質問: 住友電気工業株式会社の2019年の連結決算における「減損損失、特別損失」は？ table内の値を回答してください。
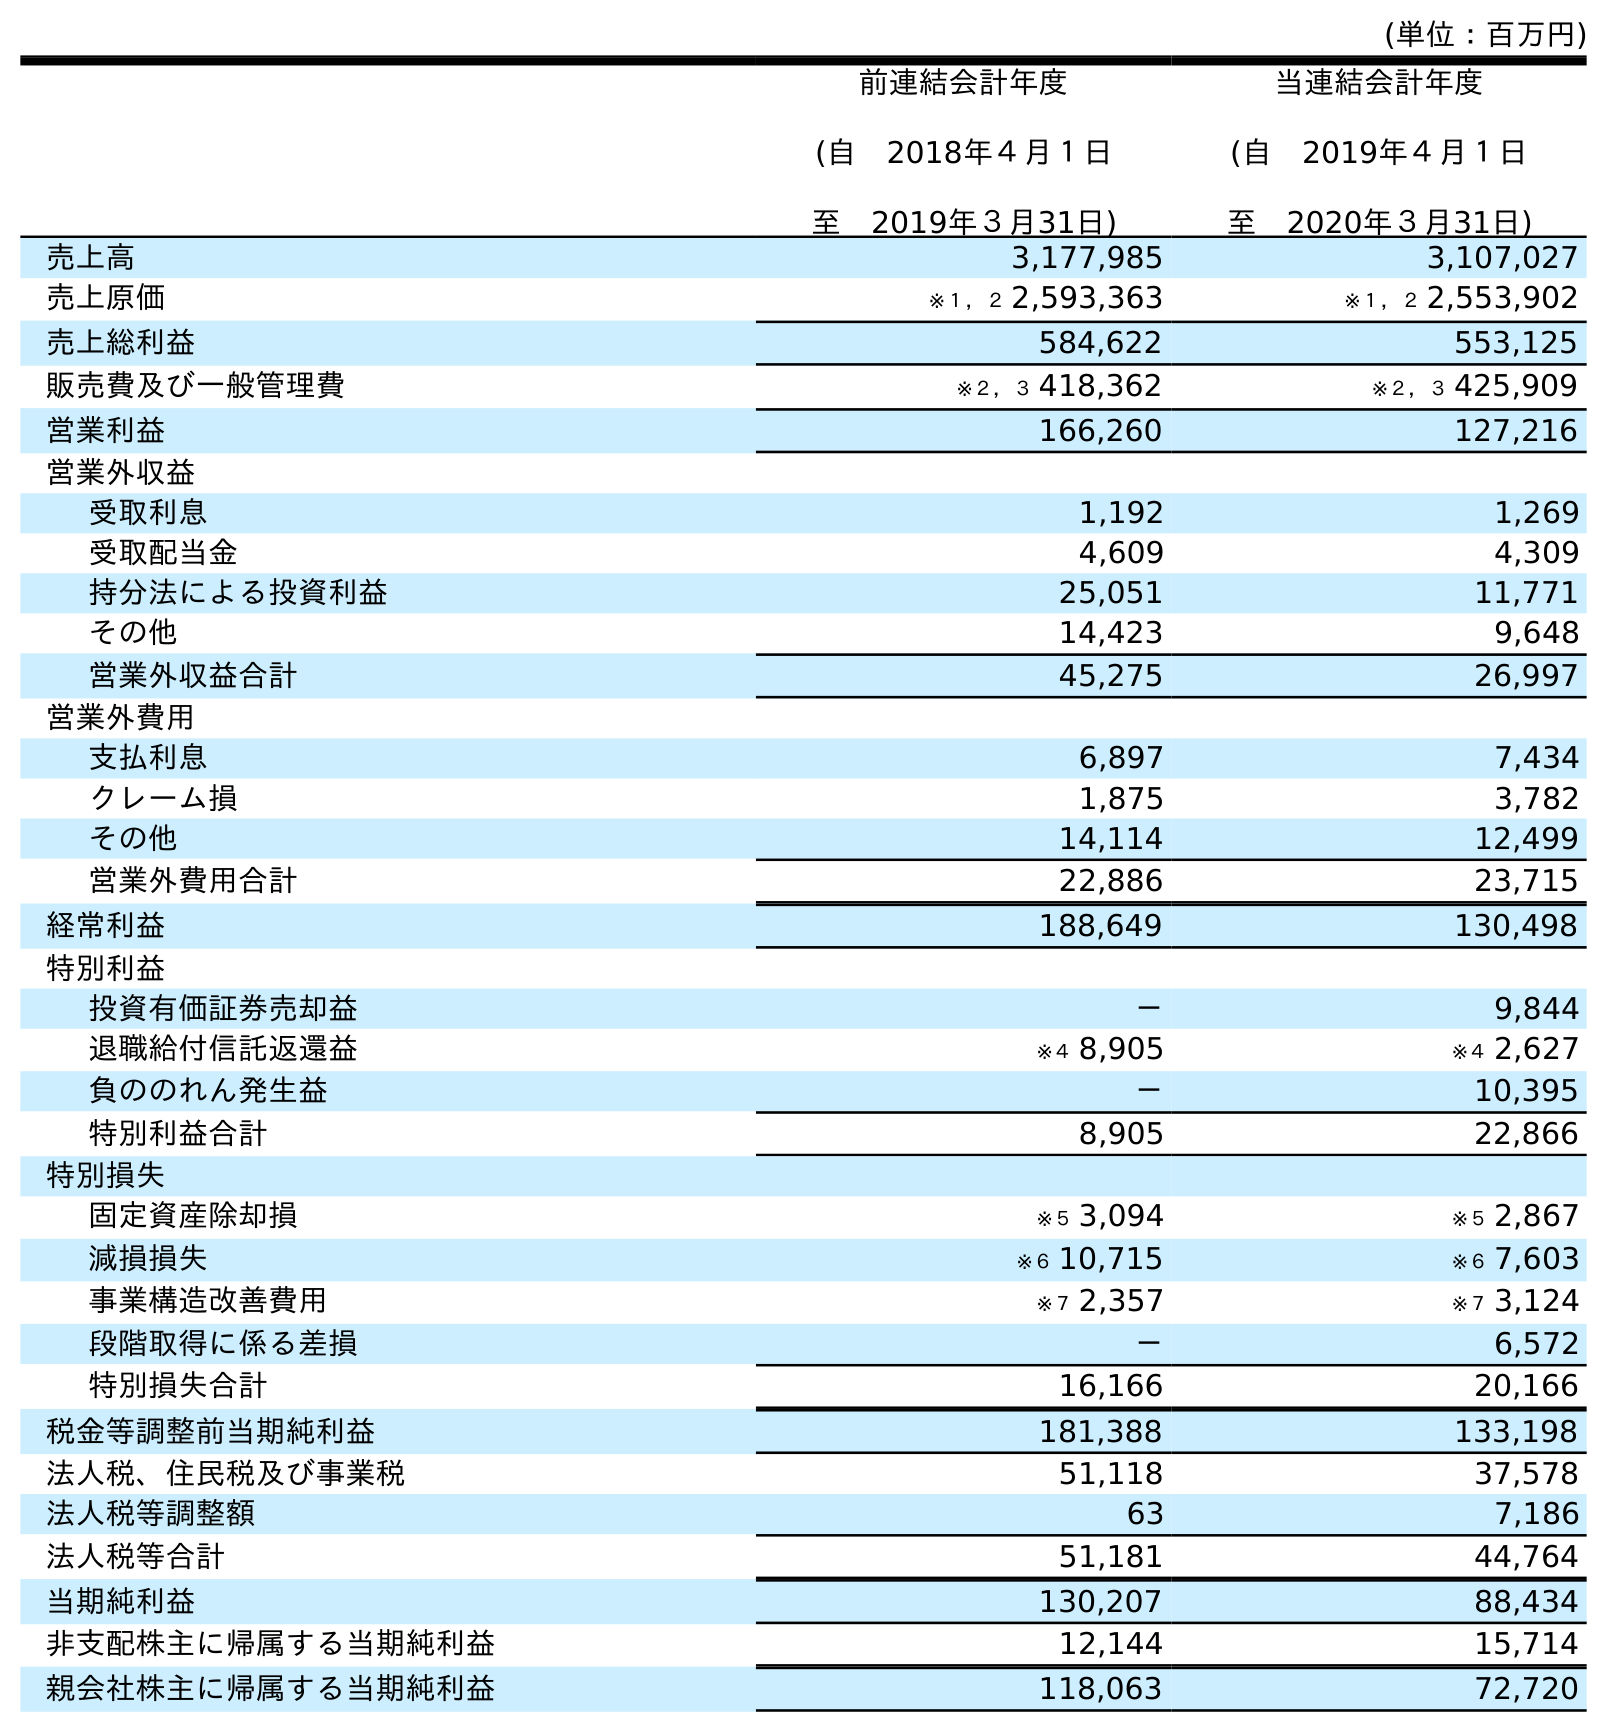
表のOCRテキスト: (単位：百万円) 前連結会計年度 (自 2018年４月１日 至 2019年３月31日) 当連結会計年度 (自 2019年４月１日 至 2020年３月31日) 売上高 3,177,985 3,107,027 売上原価 ※１，２ 2,593,363 ※１，２ 2,553,902 売上総利益 584,622 553,125 販売費及び一般管理費 ※２，３ 418,362 ※２，３ 425,909 営業利益 166,260 127,216 営業外収益 受取利息 1,192 1,269 受取配当金 4,609 4,309 持分法による投資利益 25,051 11,771 その他 14,423 9,648 営業外収益合計 45,275 26,997 営業外費用 支払利息 6,897 7,434 クレーム損 1,875 3,782 その他 14,114 12,499 営業外費用合計 22,886 23,715 経常利益 188,649 130,498 特別利益 投資有価証券売却益 － 9,844 退職給付信託返還益 ※４ 8,905 ※４ 2,627 負ののれん発生益 － 10,395 特別利益合計 8,905 22,866 特別損失 固定資産除却損 ※５ 3,094 ※５ 2,867 減損損失 ※６ 10,715 ※６ 7,603 事業構造改善費用 ※７ 2,357 ※７ 3,124 段階取得に係る差損 － 6,572 特別損失合計 16,166 20,166 税金等調整前当期純利益 181,388 133,198 法人税、住民税及び事業税 51,118 37,578 法人税等調整額 63 7,186 法人税等合計 51,181 44,764 当期純利益 130,207 88,434 非支配株主に帰属する当期純利益 12,144 15,714 親会社株主に帰属する当期純利益 118,063 72,720
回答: ※６10,715